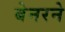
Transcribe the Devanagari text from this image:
बेनरने